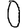
Digit: 0